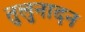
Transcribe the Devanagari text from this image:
तुलुनादन